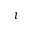
\imath